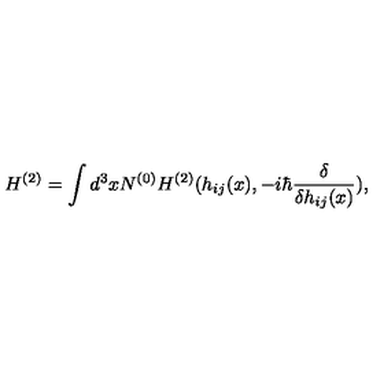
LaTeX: H ^ { ( 2 ) } = \int d ^ { 3 } x N ^ { ( 0 ) } H ^ { ( 2 ) } ( h _ { i j } ( x ) , - i \hbar \frac { \delta } { \delta h _ { i j } ( x ) } ) ,